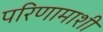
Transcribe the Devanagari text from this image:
परिणामाशी